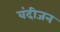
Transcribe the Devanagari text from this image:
वंदीजन